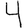
Digit: 4